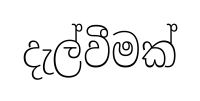
දැල්වීමක්